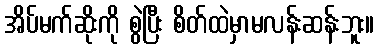
အိပ်မက်ဆိုးကို စွဲပြီး စိတ်ထဲမှာမလန်းဆန်းဘူး။